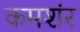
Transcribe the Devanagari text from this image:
कमशंर